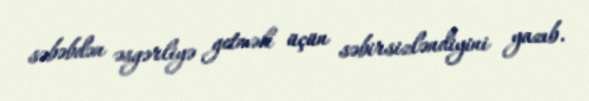
səbəbdən əsgərliyə getmək üçün səbirsizləndiyini yazıb.